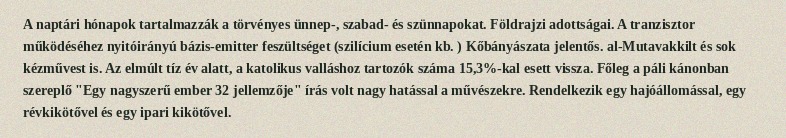
A naptári hónapok tartalmazzák a törvényes ünnep-, szabad- és szünnapokat. Földrajzi adottságai. A tranzisztor működéséhez nyitóirányú bázis-emitter feszültséget (szilícium esetén kb. ) Kőbányászata jelentős. al-Mutavakkilt és sok kézművest is. Az elmúlt tíz év alatt, a katolikus valláshoz tartozók száma 15,3%-kal esett vissza. Főleg a páli kánonban szereplő "Egy nagyszerű ember 32 jellemzője" írás volt nagy hatással a művészekre. Rendelkezik egy hajóállomással, egy révkikötővel és egy ipari kikötővel.